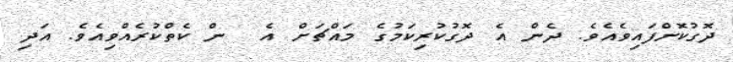
ދޮގުކޮށްފައިވެއެވެ. ދެން އެ ދޮގުކުރިކަމުގެ މައްޗަށް އެ  ން ކެތްކުރެއްވިއެވެ. އަދި